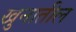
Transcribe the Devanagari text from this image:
खुनातील